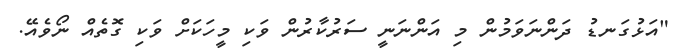
"އަޅުގަނޑު ދަންނަވަމުން މި އަންނަނީ ސަރުކާރުން ވަކި މީހަކަށް ވަކި ގޮތެއް ނޯވެއޭ.